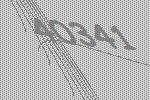
40341